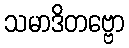
သမာဒိတဗ္ဗော